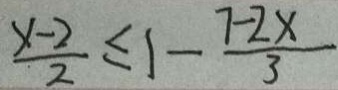
\frac { x - 2 } { 2 } \leq 1 - \frac { 7 - 2 x } { 3 }